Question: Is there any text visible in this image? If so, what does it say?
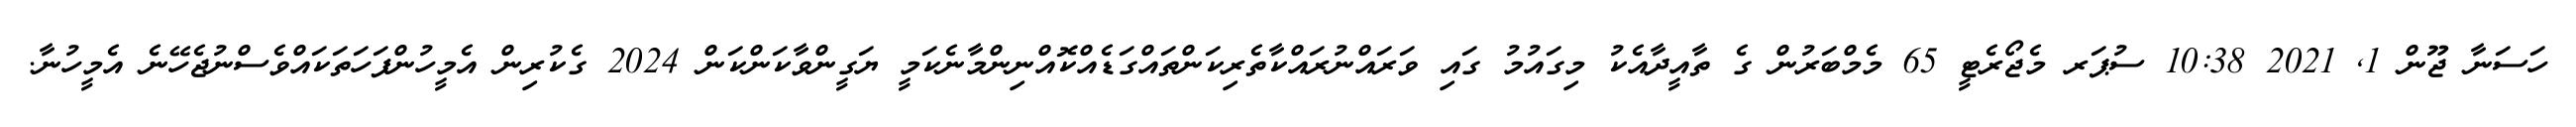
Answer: ހަސަނާ ޖޫން 1, 2021 10:38 ސުޕަރ މެޖޯރެޓީ 65 މެމްބަރުން ގެ ތާއީދާއެކު މިގައުމު ގައި ވަރައްނުރައްކާތެރިކަންތައްގަޑެއްކޮއްނިންމާނެކަމީ ޔަގީންވާކަންކަން 2024 ގެކުރިން އެމީހުންފަހަތަކައްވެސްނުޖެހޭނެ އެމީހުނާ.